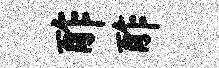
酢酢